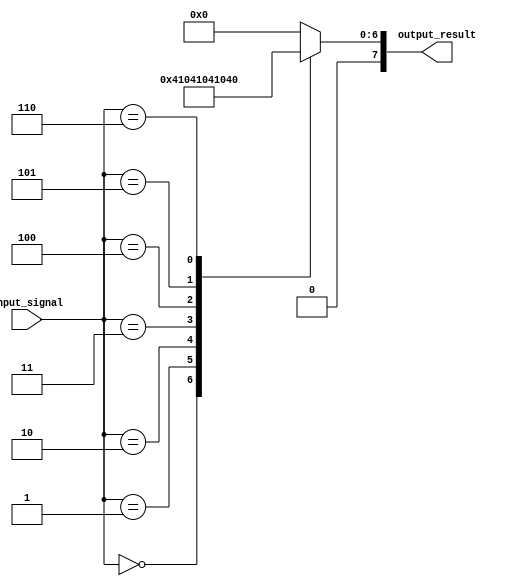
module simple_case_statement(
    input wire [3:0] input_signal,
    output reg [7:0] output_result
    );
    
    always @(*) begin
        case(input_signal)
            4'b0000: output_result = 8'b00000001;
            4'b0001: output_result = 8'b00000010;
            4'b0010: output_result = 8'b00000100;
            4'b0011: output_result = 8'b00001000;
            4'b0100: output_result = 8'b00010000;
            4'b0101: output_result = 8'b00100000;
            4'b0110: output_result = 8'b01000000;
            default: output_result = 8'b00000000;
        endcase
    end
endmodule